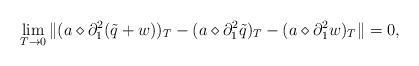
LaTeX: \begin{align*}\lim_{T \rightarrow 0} \| (a \diamond \partial_1^2 (\tilde{q} + w))_T - (a \diamond \partial_1^2 \tilde{q})_T - (a \diamond \partial_1^2 w)_T \| =0,\end{align*}